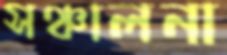
সঞ্চালনা